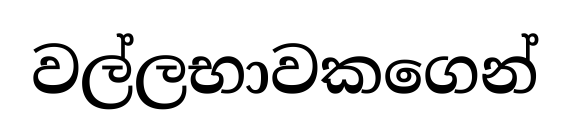
වල්ලභාවකගෙන්